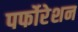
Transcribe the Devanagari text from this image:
पर्फोरेशन